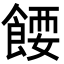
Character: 𩜝